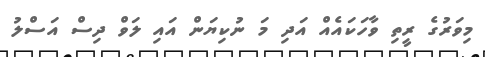
މިވަރުގެ ރީތި ވާހަކައެއް އަދި މަ ނުކިޔަން އައި ލަވް ދިސް އަސްލު